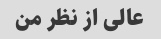
عالی از نظر من